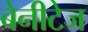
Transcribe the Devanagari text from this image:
बेनीटेज